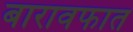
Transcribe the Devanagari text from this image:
बारावफात